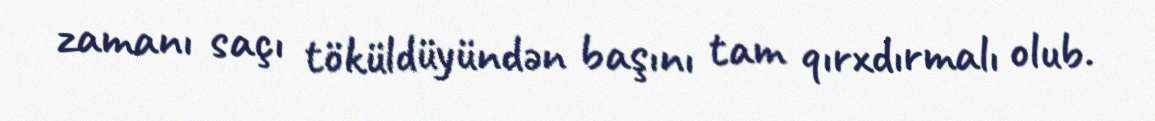
zamanı saçı töküldüyündən başını tam qırxdırmalı olub.